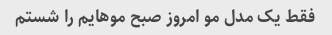
فقط یک مدل مو امروز صبح موهایم را شستم